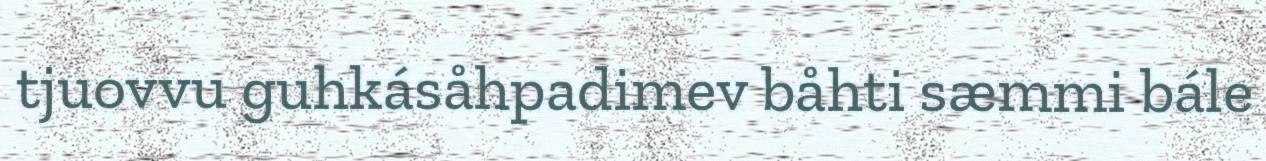
tjuovvu guhkásåhpadimev båhti sæmmi bále